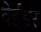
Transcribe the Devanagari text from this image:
वेईडर